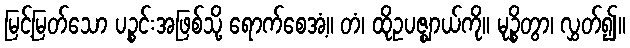
မြင့်မြတ်သော ပဉ္စင်းအဖြစ်သို့ ရောက်စေအံ့။ တံ၊ ထိုဥပဇ္ဈာယ်ကို။ မုဉ္စိတွာ၊ လွှတ်၍။